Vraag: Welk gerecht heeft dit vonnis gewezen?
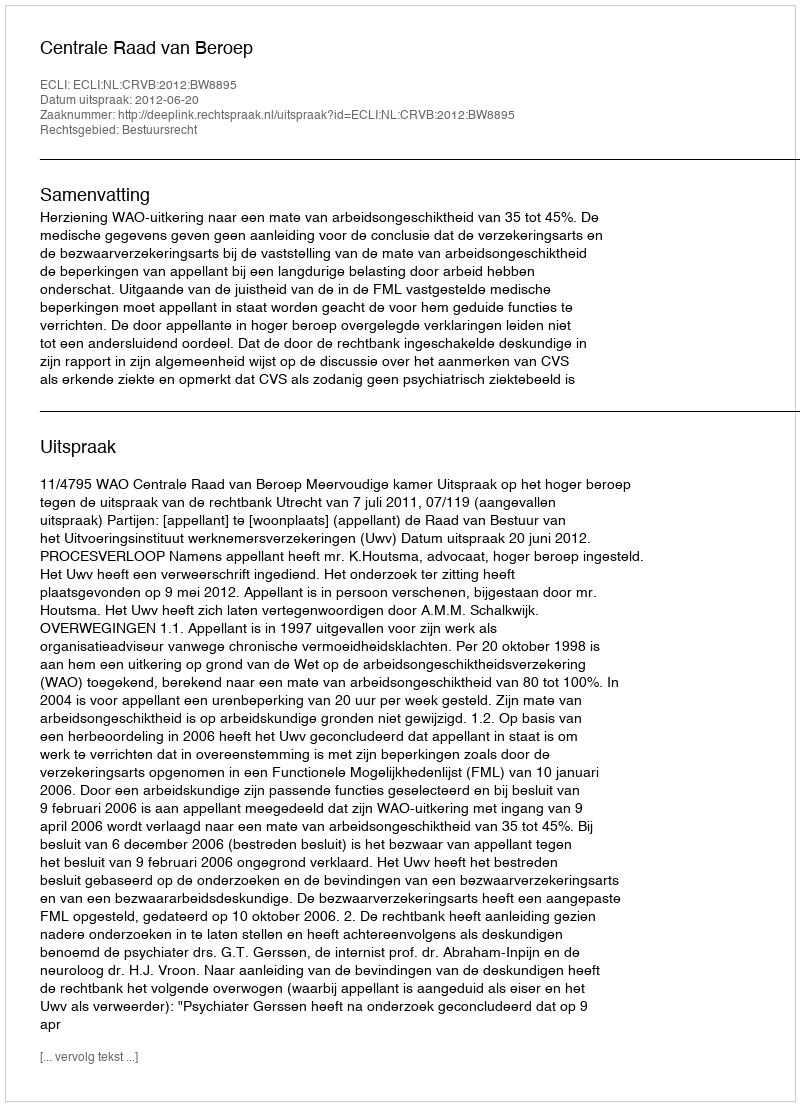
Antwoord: Centrale Raad van Beroep